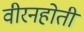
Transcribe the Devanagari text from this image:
वीरनहोती